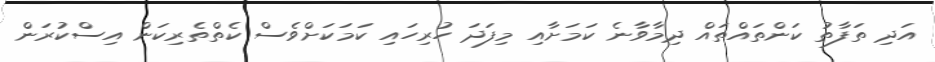
އަދި ތަފާތު ކަންތައްތައް ދިމާވާނެ ކަމަށާއި މިފަދަ ހުރިހައި ކަމަކަށްވެސް ކެތްތެރިކަން އިސްކުރަން